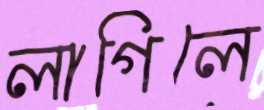
লাগিলে